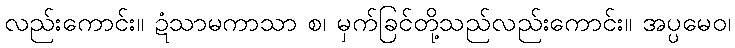
လည်းကောင်း။ ဍံသာမကာသာ စ၊ မှက်ခြင်တို့သည်လည်းကောင်း။ အပ္ပမေဝ၊